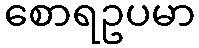
စောရဥပမာ